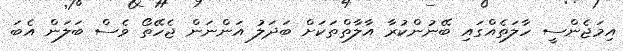
އިމަޖެންސީ ހާލަތެއްގައި ބޭނުންކުރާ އާލާތްތަކަށް ބަދަލު އަންނަން ޖެހޭތޯ ވެސް ބަލަން އެބަ